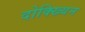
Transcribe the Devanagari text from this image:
दोक्ख्यिन